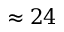
\approx 2 4